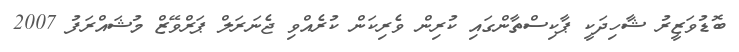
ބޮޑުވަޒީރު ޝާހިދަކީ ޕާކިސްތާންގައި ކުރިން ވެރިކަން ކުރެއްވި ޖެނަރަލް ޕަރްވޭޒް މުޝައްރަފު 2007